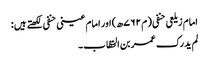
امام زیلعی حنفی ( م ۷۶۲ھ) اور امام عینی حنفی لکھتے ہیں :
لم ید رک عمر بن الخطّاب ۔